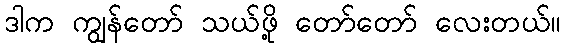
ဒါက ကျွန်တော် သယ်ဖို့ တော်တော် လေးတယ်။